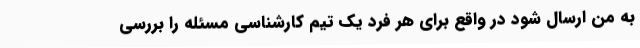
به من ارسال شود در واقع برای هر فرد یک تیم کارشناسی مسئله را بررسی